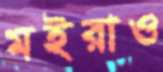
মইরাও